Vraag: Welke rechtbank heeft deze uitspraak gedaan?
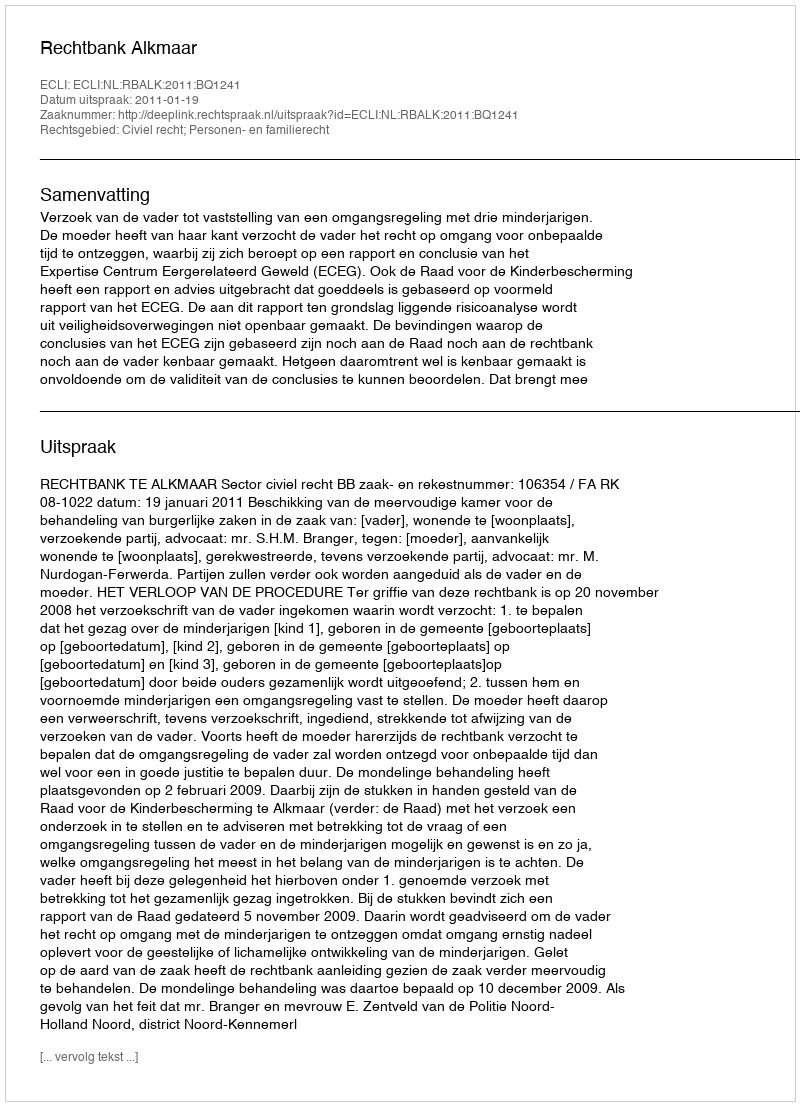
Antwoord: Rechtbank Alkmaar